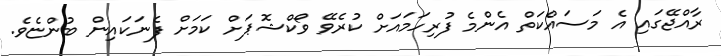
ރާއްޖޭގައި އެ މަސައްކަތް އެންމެ ފުރިހަމައަށް ކުރެވޭ ވޯކްޝޮޕަށް ކަމަށް ފެނަކައިން ބުންޏެވެ.